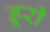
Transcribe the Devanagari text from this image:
ड्रूरी